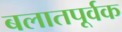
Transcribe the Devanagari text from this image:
बलातपूर्वक